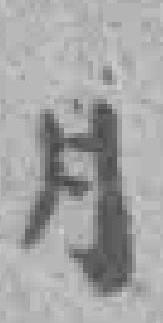
月